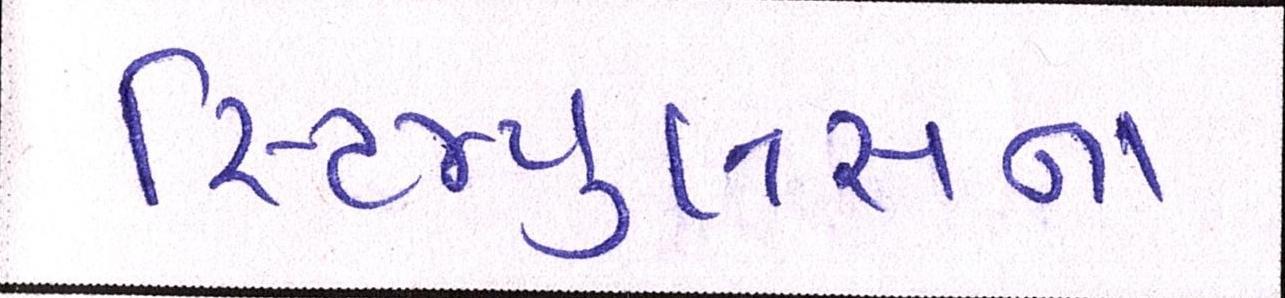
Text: સ્ટિમ્યુલસના